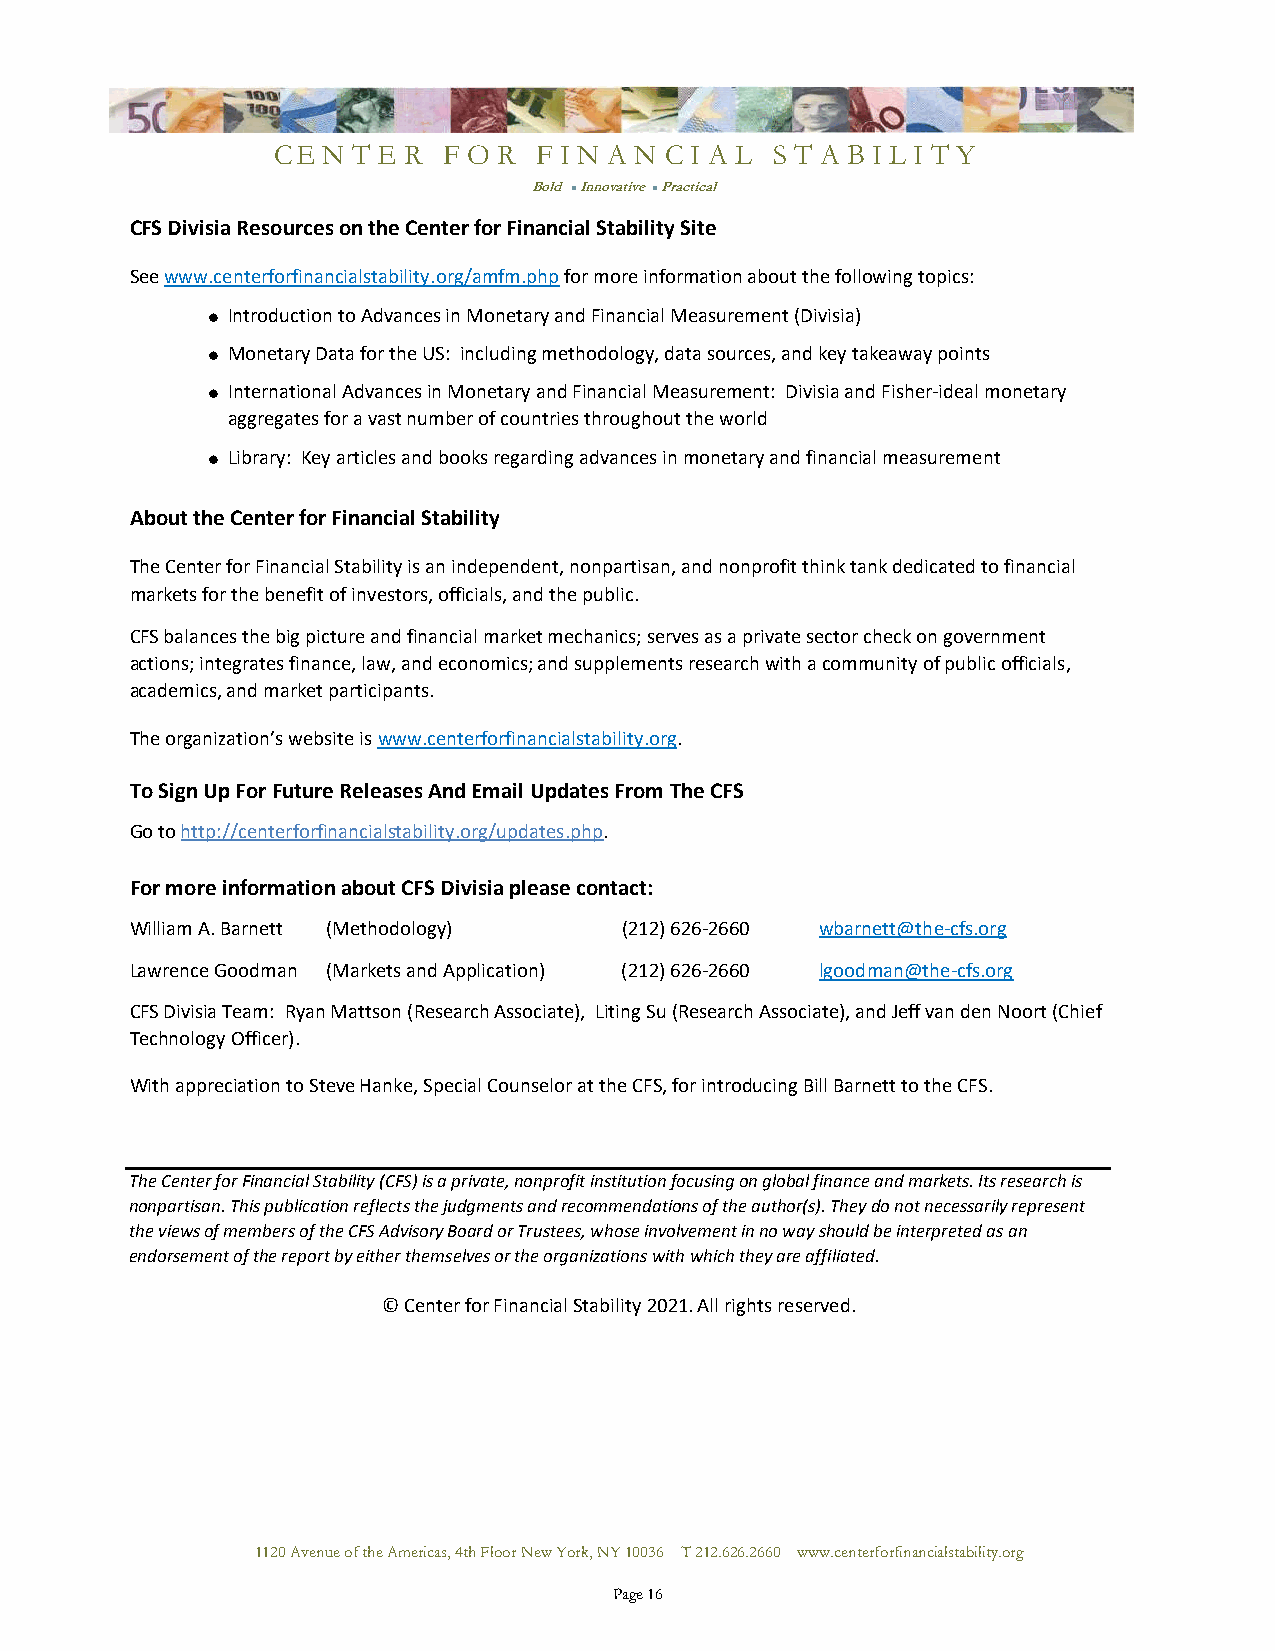
CE N T E R F O R  F I N A N C I A L S T A B I L I T Y
 Bold l Innovative l Practical
 CFS Divisia Resources on the Center for Financial Stability Site
 See www.centerforfinancialstability.org/amfm.php for more information about the following topics:
 l Introduction to Advances in Monetary and Financial Measurement (Divisia)
 l Monetary Data for the US: including methodology, data sources, and key takeaway points
 l International Advances in Monetary and Financial Measurement: Divisia and Fisher-ideal monetary
 aggregates for a vast number of countries throughout the world
 l Library: Key articles and books regarding advances in monetary and financial measurement
 About the Center for Financial Stability
 The Center for Financial Stability is an independent, nonpartisan, and nonprofit think tank dedicated to financial
 markets for the benefit of investors, officials, and the public.
 CFS balances the big picture and financial market mechanics; serves as a private sector check on government
 actions; integrates finance, law, and economics; and supplements research with a community of public officials,
 academics, and market participants.
 The organization’s website is www.centerforfinancialstability.org.
 To Sign Up For Future Releases And Email Updates From The CFS
 Go to http://centerforfinancialstability.org/updates.php.
 For more information about CFS Divisia please contact:
 William A. Barnett (Methodology) (212) 626-2660 wbarnett@the-cfs.org
 Lawrence Goodman (Markets and Application) (212) 626-2660 lgoodman@the-cfs.org
 CFS Divisia Team: Ryan Mattson (Research Associate), Liting Su (Research Associate), and Jeff van den Noort (Chief
 Technology Officer).
 With appreciation to Steve Hanke, Special Counselor at the CFS, for introducing Bill Barnett to the CFS.
 The Center for Financial Stability (CFS) is a private, nonprofit institution focusing on global finance and markets. Its research is
 nonpartisan. This publication reflects the judgments and recommendations of the author(s). They do not necessarily represent
 the views of members of the CFS Advisory Board or Trustees, whose involvement in no way should be interpreted as an
 endorsement of the report by either themselves or the organizations with which they are affiliated.
 © Center for Financial Stability 2021. All rights reserved.
 1120 Avenue of the Americas, 4th Floor New York, NY 10036 T 212.626.2660 www.centerforfinancialstability.org
 Page 16